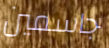
جاسمين